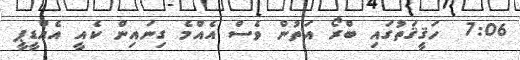
7:06  ހަޤީޤަތުގައި ބްރޯ އަތުން ވެސް އެއްމެ ގިނައިން ކެއީ އެއްޑީޕީ